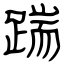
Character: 踹